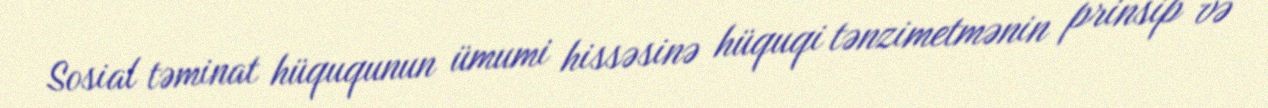
Sosial təminat hüququnun ümumi hissəsinə hüquqi tənzimetmənin prinsip və